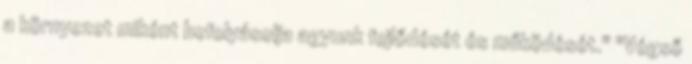
a környezet miként befolyásolja agyunk fejlődését és működését." "Végső